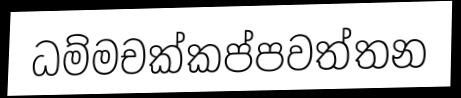
ධම්මචක්කප්පවත්තන